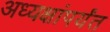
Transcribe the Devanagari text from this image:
अध्यक्षांपर्यंत